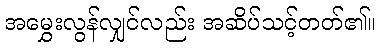
အမွှေးလွန်လျှင်လည်း အဆိပ်သင့်တတ်၏။